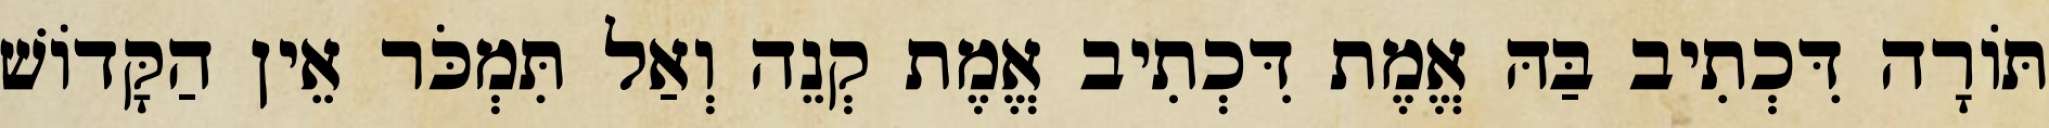
תּוֹרָה דִּכְתִיב בַּהּ אֱמֶת דִּכְתִיב אֱמֶת קְנֵה וְאַל תִּמְכֹּר אֵין הַקָּדוֹשׁ